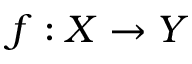
f : X \to Y